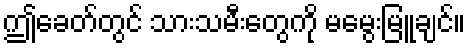
ဤခေတ်တွင် သားသမီးတွေကို မမွေးမြူချင်။